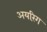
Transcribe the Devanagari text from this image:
अयरिंग